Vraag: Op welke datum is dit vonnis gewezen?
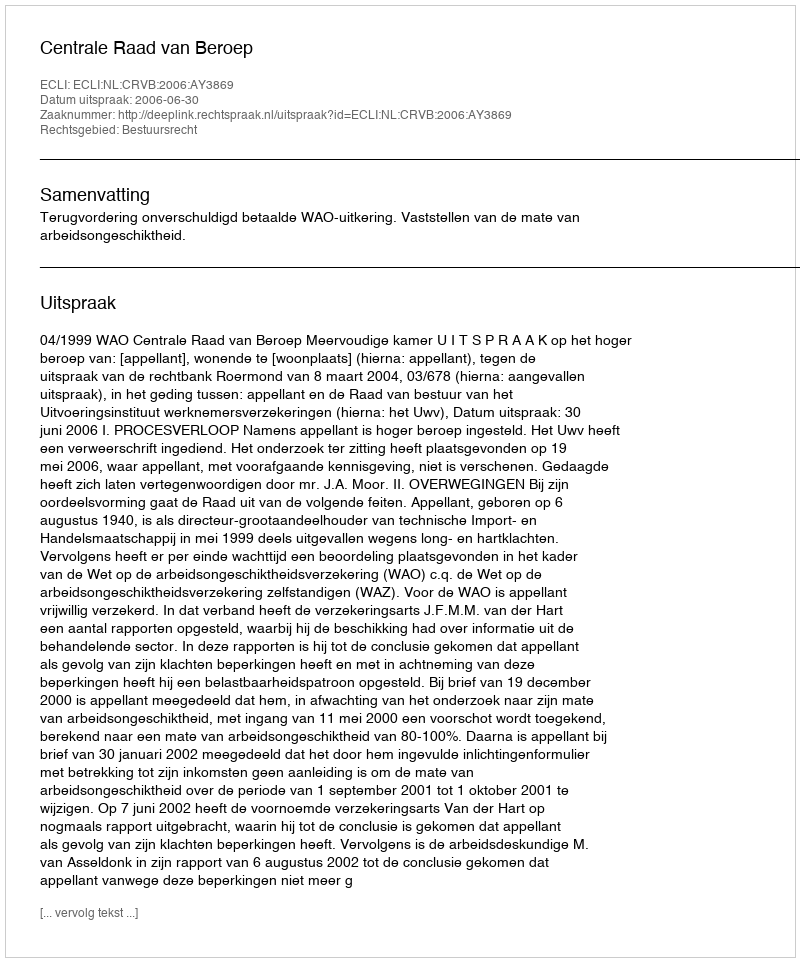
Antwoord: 2006-06-30